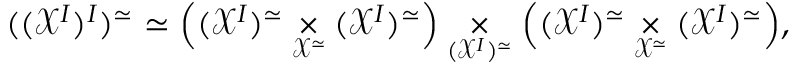
( ( \mathcal { X } ^ { I } ) ^ { I } ) ^ { \simeq } \simeq \Bigl ( ( \mathcal { X } ^ { I } ) ^ { \simeq } \underset { \mathcal { X } ^ { \simeq } } { \times } ( \mathcal { X } ^ { I } ) ^ { \simeq } \Bigr ) \underset { ( \mathcal { X } ^ { I } ) ^ { \simeq } } { \times } \Bigl ( ( \mathcal { X } ^ { I } ) ^ { \simeq } \underset { \mathcal { X } ^ { \simeq } } { \times } ( \mathcal { X } ^ { I } ) ^ { \simeq } \Bigr ) ,